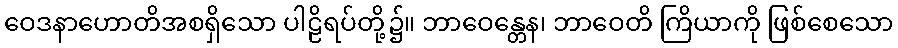
ဝေဒနာဟောတိအစရှိသော ပါဠိရပ်တို့၌။ ဘာဝေန္တေန၊ ဘာဝေတိ ကြိယာကို ဖြစ်စေသော